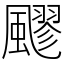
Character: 飂